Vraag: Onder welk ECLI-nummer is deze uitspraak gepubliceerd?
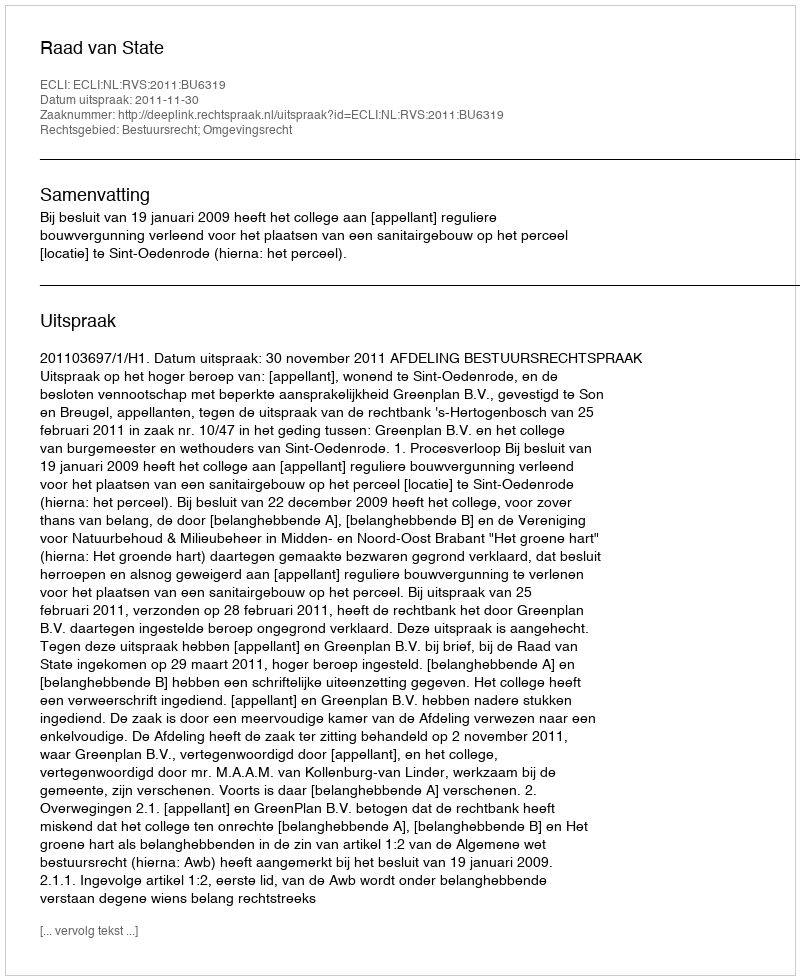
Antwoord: ECLI:NL:RVS:2011:BU6319